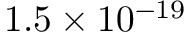
1 . 5 \times 1 0 ^ { - 1 9 }